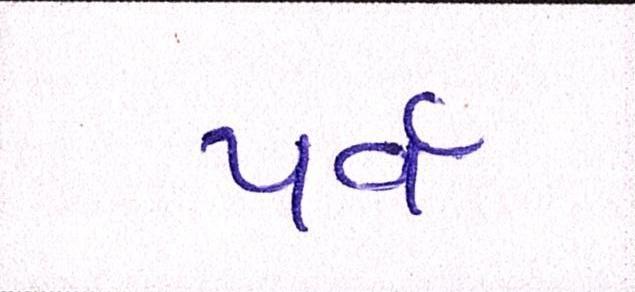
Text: પર્વ